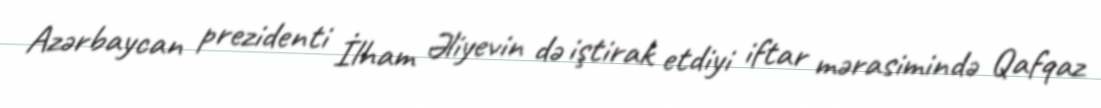
Azərbaycan prezidenti İlham Əliyevin də iştirak etdiyi iftar mərasimində Qafqaz